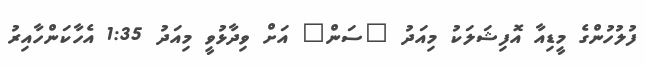
ފުލުހުންގެ މީޑިއާ އޮފިޝަލަކު މިއަދު "ސަން" އަށް ވިދާޅުވީ މިއަދު 1:35 އެހާކަންހާއިރު